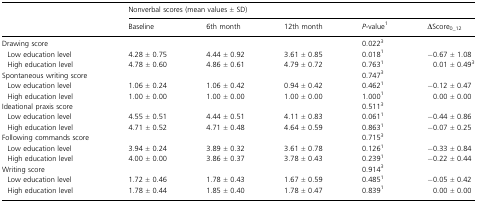
<table><thead><tr><td></td><td colspan="5"><b>Nonverbal scores (mean values ± SD)</b></td></tr><tr><td></td><td><b>Baseline</b></td><td><b>6th month</b></td><td><b>12th month</b></td><td><b><i>P</i>-value<sup>1</sup></b></td><td><b>ΔScore<sub>0_12</sub></b></td></tr></thead><tbody><tr><td>Drawing score</td><td></td><td></td><td></td><td>0.022<sup>3</sup></td><td></td></tr><tr><td> Low education level</td><td>4.28 ± 0.75</td><td>4.44 ± 0.92</td><td>3.61 ± 0.85</td><td>0.018<sup>1</sup></td><td>−0.67 ± 1.08</td></tr><tr><td> High education level</td><td>4.78 ± 0.60</td><td>4.86 ± 0.61</td><td>4.79 ± 0.72</td><td>0.763<sup>1</sup></td><td>0.01 ± 0.49<sup>3</sup></td></tr><tr><td>Spontaneous writing score</td><td></td><td></td><td></td><td>0.747<sup>3</sup></td><td></td></tr><tr><td> Low education level</td><td>1.06 ± 0.24</td><td>1.06 ± 0.42</td><td>0.94 ± 0.42</td><td>0.462<sup>1</sup></td><td>−0.12 ± 0.47</td></tr><tr><td> High education level</td><td>1.00 ± 0.00</td><td>1.00 ± 0.00</td><td>1.00 ± 0.00</td><td>1.000<sup>1</sup></td><td>0.00 ± 0.00</td></tr><tr><td>Ideational praxis score</td><td></td><td></td><td></td><td>0.511<sup>3</sup></td><td></td></tr><tr><td> Low education level</td><td>4.55 ± 0.51</td><td>4.44 ± 0.51</td><td>4.11 ± 0.83</td><td>0.061<sup>1</sup></td><td>−0.44 ± 0.86</td></tr><tr><td> High education level</td><td>4.71 ± 0.52</td><td>4.71 ± 0.48</td><td>4.64 ± 0.59</td><td>0.863<sup>1</sup></td><td>−0.07 ± 0.25</td></tr><tr><td>Following commands score</td><td></td><td></td><td></td><td>0.715<sup>3</sup></td><td></td></tr><tr><td> Low education level</td><td>3.94 ± 0.24</td><td>3.89 ± 0.32</td><td>3.61 ± 0.78</td><td>0.126<sup>1</sup></td><td>−0.33 ± 0.84</td></tr><tr><td> High education level</td><td>4.00 ± 0.00</td><td>3.86 ± 0.37</td><td>3.78 ± 0.43</td><td>0.239<sup>1</sup></td><td>−0.22 ± 0.44</td></tr><tr><td>Writing score</td><td></td><td></td><td></td><td>0.914<sup>3</sup></td><td></td></tr><tr><td> Low education level</td><td>1.72 ± 0.46</td><td>1.78 ± 0.43</td><td>1.67 ± 0.59</td><td>0.485<sup>1</sup></td><td>−0.05 ± 0.42</td></tr><tr><td> High education level</td><td>1.78 ± 0.44</td><td>1.85 ± 0.40</td><td>1.78 ± 0.47</td><td>0.839<sup>1</sup></td><td>0.00 ± 0.00</td></tr></tbody></table>